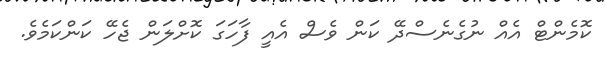
ކޮމެންޓް އެއް ނުގެނެސްދޭ ކަން ވެސް އެއީ ފާހަގަ ކޮށްލަން ޖެހޭ ކަންކަމެވެ.